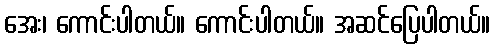
အေး၊ ကောင်းပါတယ်။ ကောင်းပါတယ်။ အဆင်ပြေပါတယ်။